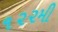
૧૨૨મી